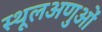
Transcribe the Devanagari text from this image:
स्थूलअणुओं